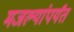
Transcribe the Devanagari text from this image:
मजल्यांपर्यंत